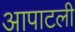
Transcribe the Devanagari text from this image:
आपाटली